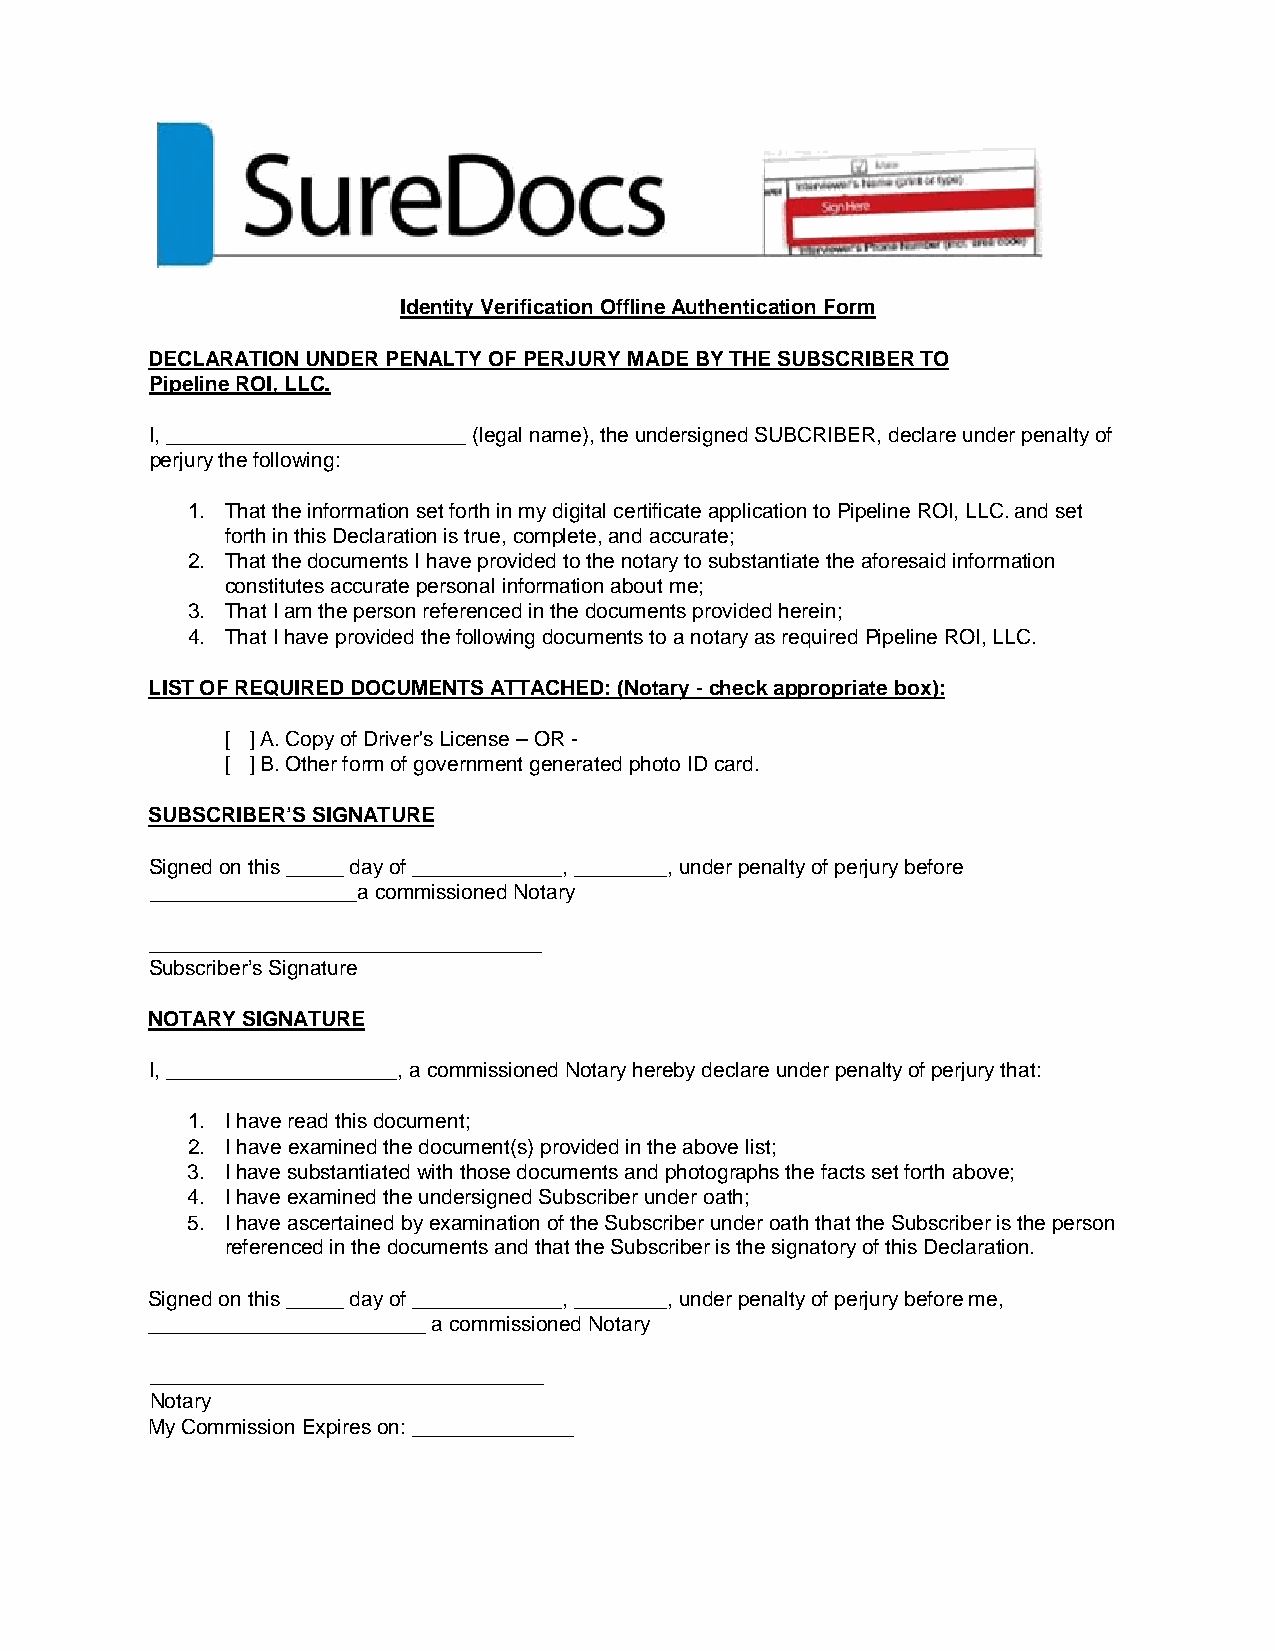
Identity Verification Offline Authentication Form
 DECLARATION UNDER PENALTY OF PERJURY MADE BY THE SUBSCRIBER TO
 Pipeline ROI, LLC.
 I, __________________________ (legal name), the undersigned SUBCRIBER, declare under penalty of
 perjury the following:
 1. That the information set forth in my digital certificate application to Pipeline ROI, LLC. and set
 forth in this Declaration is true, complete, and accurate;
 2. That the documents I have provided to the notary to substantiate the aforesaid information
 constitutes accurate personal information about me;
 3. That I am the person referenced in the documents provided herein;
 4. That I have provided the following documents to a notary as required Pipeline ROI, LLC.
 LIST OF REQUIRED DOCUMENTS ATTACHED: (Notary - check appropriate box):
 [ ] A. Copy of Driver's License – OR -
 [ ] B. Other form of government generated photo ID card.
 SUBSCRIBER’S SIGNATURE
 Signed on this _____ day of _____________, ________, under penalty of perjury before
 __________________a commissioned Notary
 __________________________________
 Subscriber’s Signature
 NOTARY SIGNATURE
 I, ____________________, a commissioned Notary hereby declare under penalty of perjury that:
 1. I have read this document;
 2. I have examined the document(s) provided in the above list;
 3. I have substantiated with those documents and photographs the facts set forth above;
 4. I have examined the undersigned Subscriber under oath;
 5. I have ascertained by examination of the Subscriber under oath that the Subscriber is the person
 referenced in the documents and that the Subscriber is the signatory of this Declaration.
 Signed on this _____ day of _____________, ________, under penalty of perjury before me,
 ________________________ a commissioned Notary
 __________________________________
 Notary
 My Commission Expires on: ______________